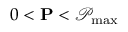
0 < \mathbf { P } < \mathcal { P } _ { \operatorname* { m a x } }